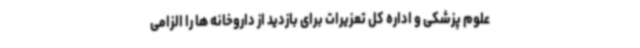
علوم پزشکی و اداره کل تعزیرات برای بازدید از داروخانه ها را الزامی